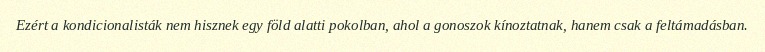
Ezért a kondicionalisták nem hisznek egy föld alatti pokolban, ahol a gonoszok kínoztatnak, hanem csak a feltámadásban.